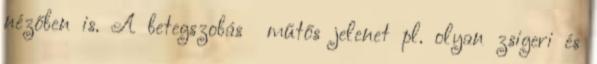
nézőben is. A betegszobás műtős jelenet pl. olyan zsigeri és